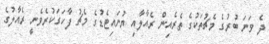
ދެ ވަނަ ބުރުގެ މެޗުތަކުގެ ތެރެއިން ރެއާލާއި ޔުނައިޓެޑުގެ މެޗު ފާހަގަކުރެވެނީ ރެއާލުގެ